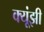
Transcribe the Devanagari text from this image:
क्यूंझी